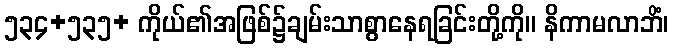
၅၃၄+၅၃၅+ ကိုယ်၏အဖြစ်၌ချမ်းသာစွာနေရခြင်းတို့ကို။ နိကာမလာဘိံ၊